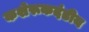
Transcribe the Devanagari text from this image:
कशेरूकदंडीय